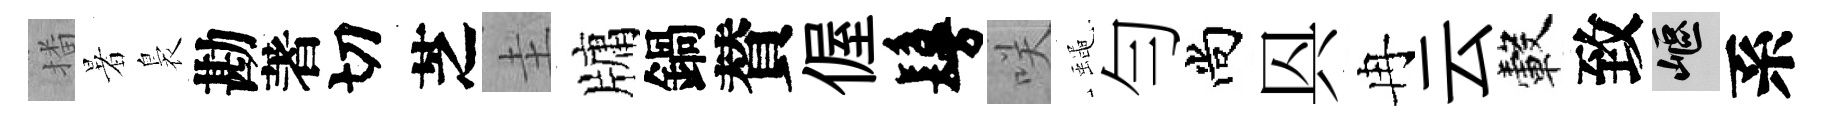
播暑裊勘著切芝圭牗鍋賛偓鬘咲蠅勻尚㒷冉云轂致嶇系